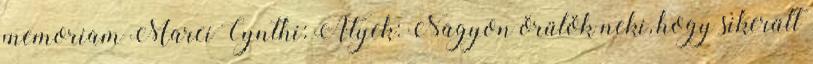
memoriam Marci Cynthi: Atyek: Nagyon örülök neki, hogy sikerült